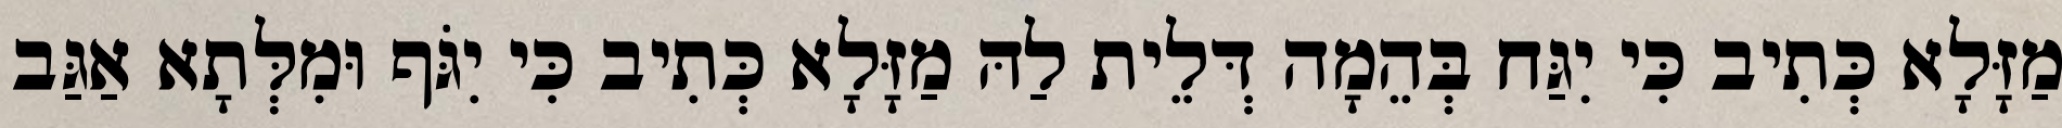
מַזָּלָא כְּתִיב כִּי יִגַּח בְּהֵמָה דְּלֵית לַהּ מַזָּלָא כְּתִיב כִּי יִגֹּף וּמִלְּתָא אַגַּב